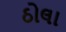
ઠોલા